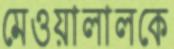
মেওয়ালালকে